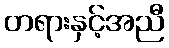
တရားနှင့်အညီ